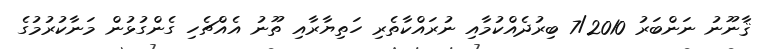
ޤާނޫނު ނަންބަރު 7/2010 ބިރުދެއްކުމާއި ނުރައްކާތެރި ހަތިޔާރާއި ތޫނު އެއްޗެހި ގެންގުޅުން މަނާކުރުމުގެ